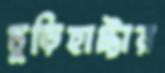
চুড়িহাট্টার